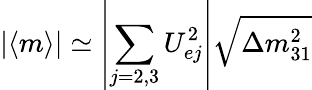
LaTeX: |\langle m\rangle|\simeq\left|\sum_{j=2,3}U_{ej}^{2}\right|\sqrt{\Delta m_{31}^{2}}